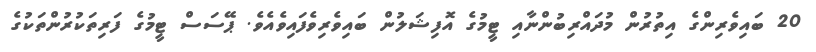
20 ބައިވެރިންގެ އިތުރުން މުދައްރިބުންނާއި ޓީމުގެ އޮފިޝަލުން ބައިވެރިވެފައިވެއެވެ. ޕޭސަސް ޓީމުގެ ފަރިތަކުރުންތަކުގެ